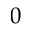
0